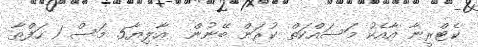
ކެޓްރީނާ އާއެކު މަސައްކަތް ކުރަން ބޭނުން  އާލިޔާ5 މަސް 1 ހަފްތާ